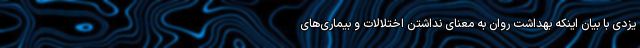
یزدی با بیان اینکه بهداشت روان به معنای نداشتن اختلالات و بیماری‌های